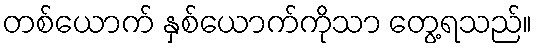
တစ်ယောက် နှစ်ယောက်ကိုသာ တွေ့ရသည်။